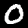
Label: 0